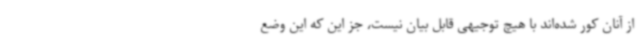
از آنان کور شده‌اند با هیچ توجیهی قابل بیان نیست، جز این که این وضع